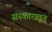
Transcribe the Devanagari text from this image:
संस्कारातून